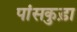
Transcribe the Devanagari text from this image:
पांसकुड़ा